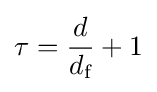
\tau ={\frac {d}{d_{\text{f}}}}+1\,\!